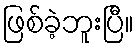
ဖြစ်ခဲ့ဘူးပြီ။